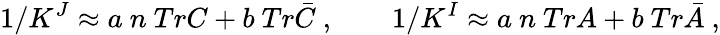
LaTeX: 1/K^{J}\approx a\ n\ TrC+b\ Tr\bar{C}\ ,\qquad 1/K^{I}\approx a\ n\ TrA+b\ Tr\bar{A}\ ,